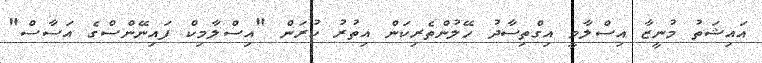
އައިޝަތު މުނީޒާ އިސްލާމީ އިގްތިސާދު ހޭލުންތެރިކަން އިތުރު ކުރަން "އިސްލާމިކް ފައިނޭންސްގެ އަސާސް"